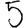
Digit: 5